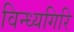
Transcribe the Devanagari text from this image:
विन्ध्यगिरि